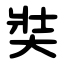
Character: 奘